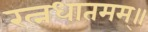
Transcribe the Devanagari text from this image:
रत्नधातमम्॥